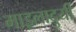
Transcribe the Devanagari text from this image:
माइलादुर्यी